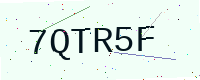
Text: 7QTR5F